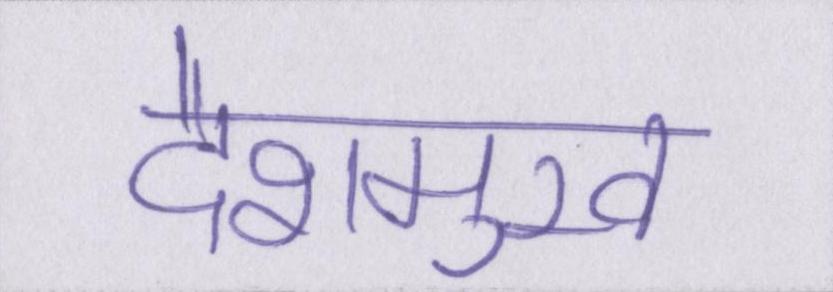
देशमुख